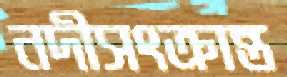
নদীসংক্রান্ত